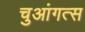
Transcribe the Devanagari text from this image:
चुआंगत्स